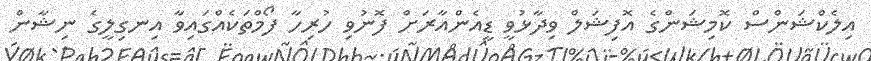
އިލެކްޝަންސް ކޮމިޝަންގެ އޮފިޝަލް ވިދާޅުވީ ޑީއެންއާރަށް ފޮނުވި ހުރިހާ ފޯމްތަކެއްގައިވާ އިނގިލީގެ ނިޝާން